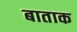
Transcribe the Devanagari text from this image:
बाताक